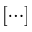
[ \cdots ]